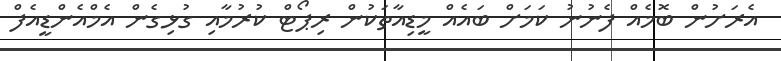
އެރަށުން ބޮމެއް ފެނުނު ކަމަށް ބައެއް މީޑިއާތަކުން ރިޕޯޓް ކުރުމާއި ގުޅިގެން އެމްއެންޑީއެފް